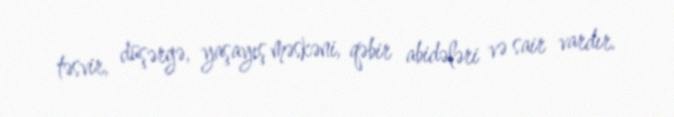
təsvir, düşərgə, yaşayış məskəni, qəbir abidələri və sair vardır.